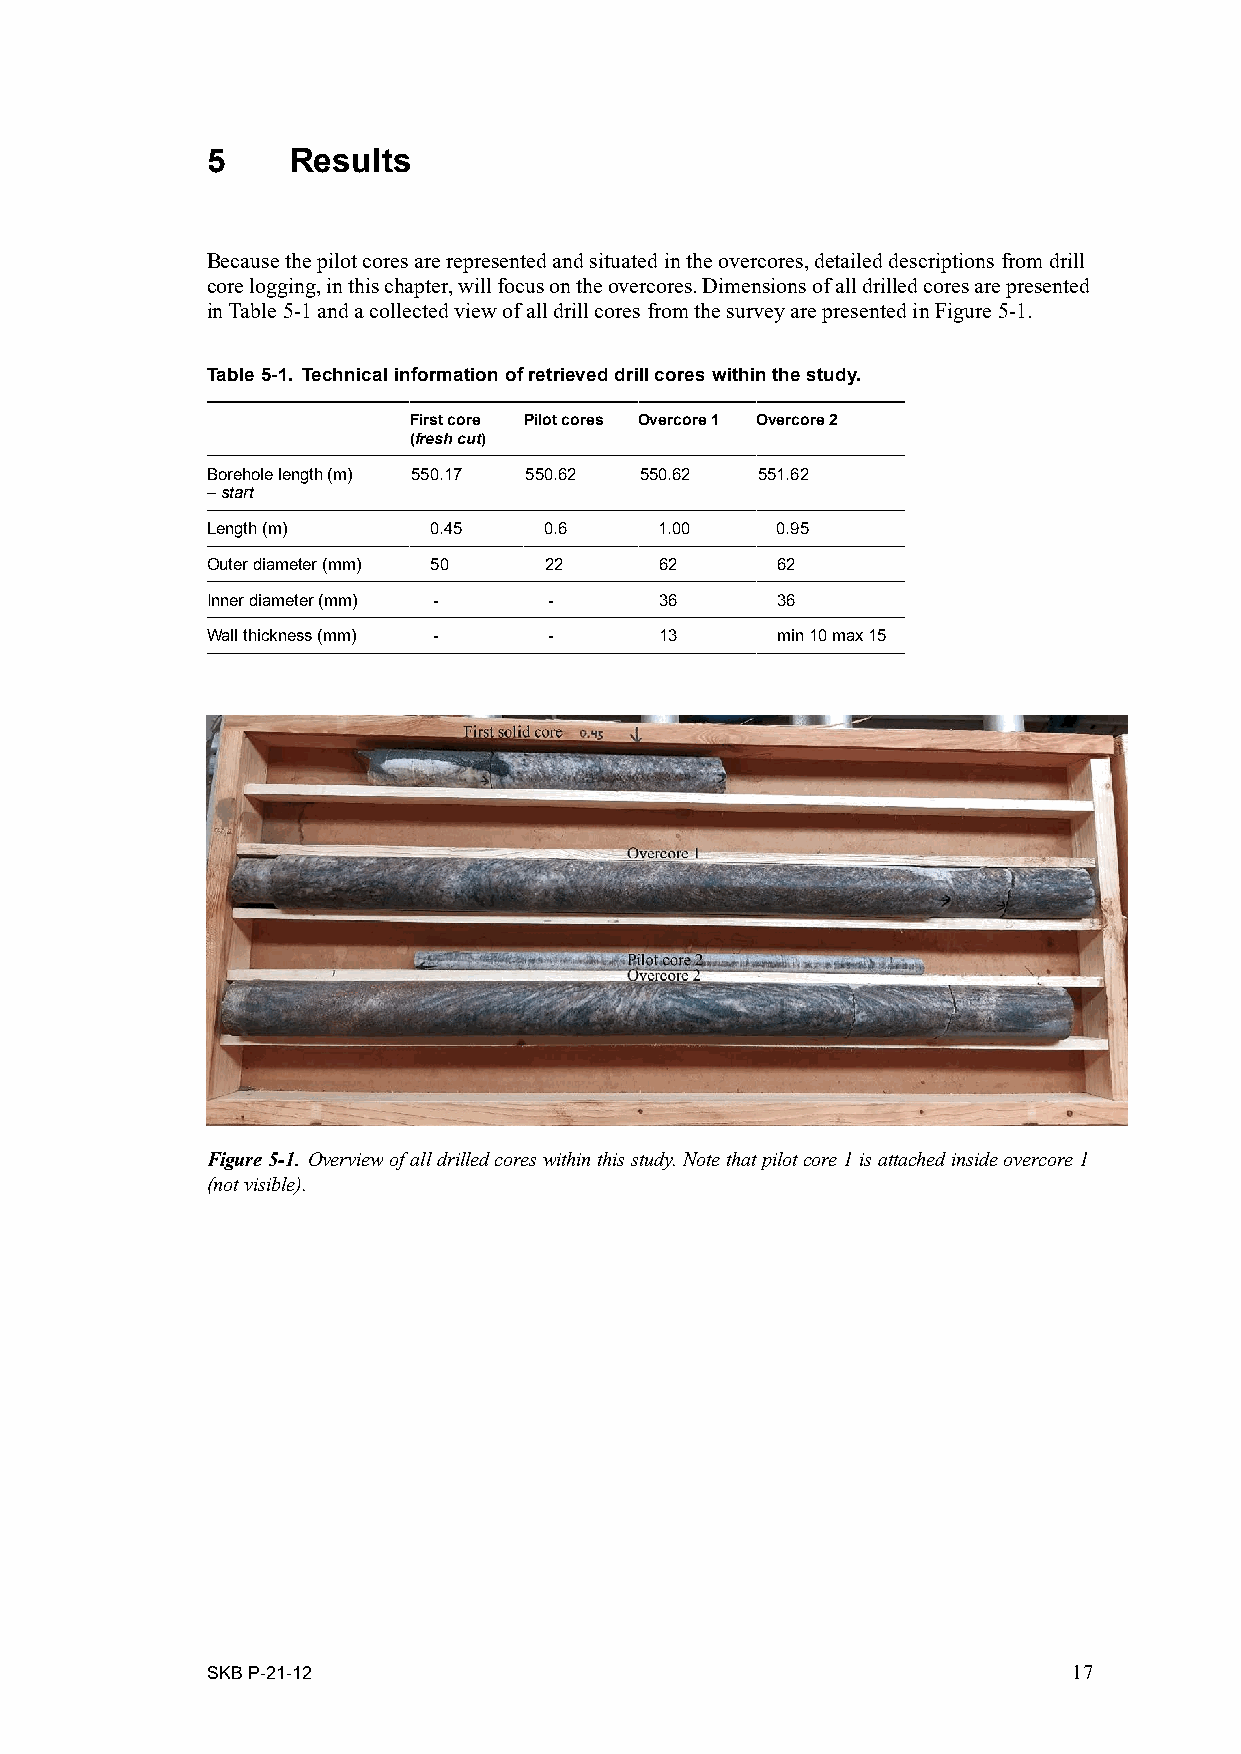
5    Results
 Because the pilot cores are represented and situated in the overcores, detailed descriptions from drill
 core logging, in this chapter, will focus on the overcores. Dimensions of all drilled cores are presented
 in Table 5­1 and a collected view of all drill cores from the survey are presented in Figure 5­1.
 Table 5-1. Technical information of retrieved drill cores within the study.
 First core Pilot cores Overcore 1 Overcore 2
 (fresh cut)
 Borehole length (m) 550.17 550.62 550.62 551.62
 – start
 Length (m)    0.45    0.6     1.00   0.95
 Outer diameter (mm) 50 22     62     62
 Inner diameter (mm) - -       36     36
 Wall thickness (mm) - -       13     min 10 max 15
 Figure 5‑1. Overview of all drilled cores within this study. Note that pilot core 1 is attached inside overcore 1
 (not visible).
 SKB P-21-12                                              17